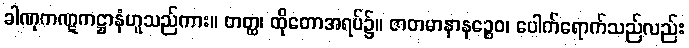
ခါဏုကဏ္ဋကဋ္ဌာနံဟူသည်ကား။ တတ္ထ၊ ထိုတောအရပ်၌။ ဇာတမာနာနဉ္စေဝ၊ ပေါက်ရောက်သည်လည်း